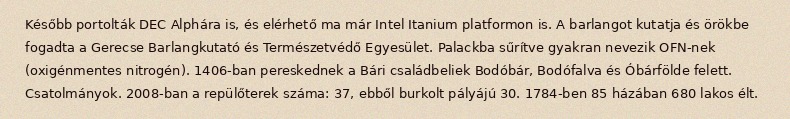
Később portolták DEC Alphára is, és elérhető ma már Intel Itanium platformon is. A barlangot kutatja és örökbe fogadta a Gerecse Barlangkutató és Természetvédő Egyesület. Palackba sűrítve gyakran nevezik OFN-nek (oxigénmentes nitrogén). 1406-ban pereskednek a Bári családbeliek Bodóbár, Bodófalva és Óbárfölde felett. Csatolmányok. 2008-ban a repülőterek száma: 37, ebből burkolt pályájú 30. 1784-ben 85 házában 680 lakos élt.